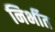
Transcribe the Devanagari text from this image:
निर्भीत